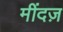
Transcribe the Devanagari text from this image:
मींदज़